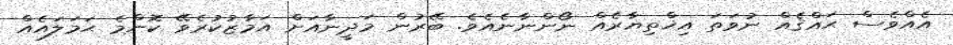
އެއްވެސް ޙައްޤެއް ނުވަތަ އިޚްތިޔާރެއް ނޯންނާނެއެވެ. ބޭރުން މަދީނާއަށް އަމާޒުކުރެވޭ ކޮންމެ ޙަމަލައެއް